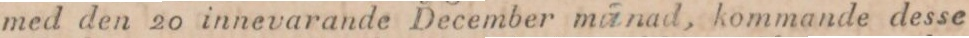
med den 20 innevarande December manad, kommande desse